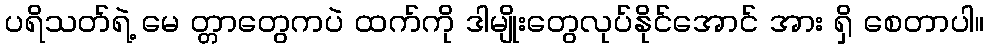
ပရိသတ်ရဲ့ မေ တ္တာတွေကပဲ ထက်ကို ဒါမျိုးတွေလုပ်နိုင်အောင် အား ရှိ စေတာပါ။